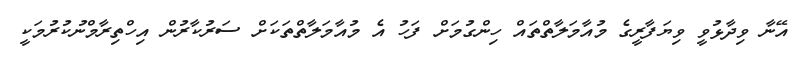
އޭނާ ވިދާޅުވީ ވިޔަފާރީގެ މުއާމަލާތްތައް ހިންގުމަށް ފަހު އެ މުއާމަލާތްތަކަށް ސަރުކާރުން އިހްތިރާމްނުކުރުމަކީ